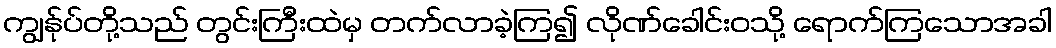
ကျွန်ုပ်တို့သည် တွင်းကြီးထဲမှ တက်လာခဲ့ကြ၍ လိုဏ်ခေါင်းဝသို့ ရောက်ကြသောအခါ